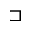
\sqsupset